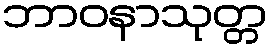
ဘာဝနာသုတ္တ